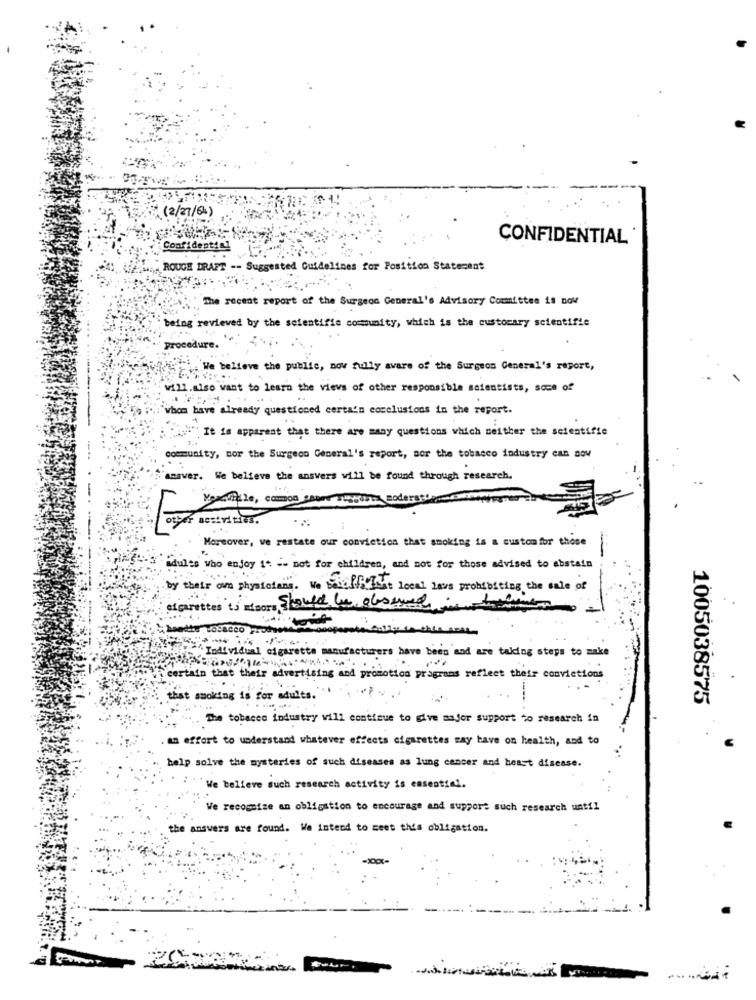
(2/27/64)
CONFIDENTIAL
Confidentin
ROUGH DRAFT -- Suggested Guidelines for Position Statement
The recent report of the Surgeon General's Advisory Committee is now
being reviewed by the scientific community, which is the custocary scientific
procedure.
We believe the public, now fully avare of the Surgeon General's report,
will.also want to learn the views of other responsible scientists, some of
i whom have already questioned certains conclusions in the report.
It is apparent that there are many questions which neither the scientific
Community, mor the Surgeon General's report, sor the tobacco industry can nov
answer. We believe the answers will be found through research.
L
While, common cause Trying moderati
other activities.
Moreover, ve restate our conviction that smoking is a custom for those
adults who enjoy 14 -- not for children, and not for those advised to abstain
by their om physicians. We besel Jest local laws prohibiting the sale of
cigarettes ts atsors Should be observed
Individual cigarette manufacturers have been and are taking steps to make
certain that their advertising and promotion programs reflect their convictions
that smoking is for adults.
----
1005038575
...
The tobacco industry will continue to give major support to research in
an effort to understand whatever effects cigarettes way bave on health, and to
help solve the mysteries of such diseases as lung cancer and beast disease.
. " We believe such research activity is essential.
We recognize an obligation to encourage and support such research until
the answers are found. We intend to meet this obligation.